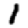
Digit: 1